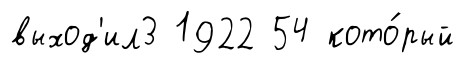
выход'ил3 1922 54 кото́рый